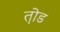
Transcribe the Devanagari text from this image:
त़ोड